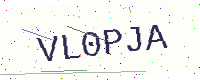
Text: VL0PJA